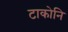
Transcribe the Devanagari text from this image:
टाकोनि